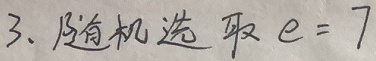
3. 随机选取 \(e = 7\)